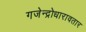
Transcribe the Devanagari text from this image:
गजेन्द्रोधारावतार